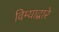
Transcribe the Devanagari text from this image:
विम्याद्वारे